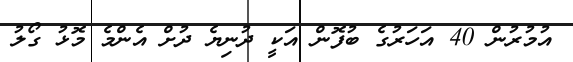
އުމުރުން 40 އަހަރުގެ ބުފޮން އަކީ ދުނިޔެ ދުށް އެންމެ މޮޅު ގޯލު